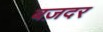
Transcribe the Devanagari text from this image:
बज़दर